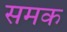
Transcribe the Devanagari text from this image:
समक